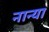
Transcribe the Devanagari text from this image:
नान्या